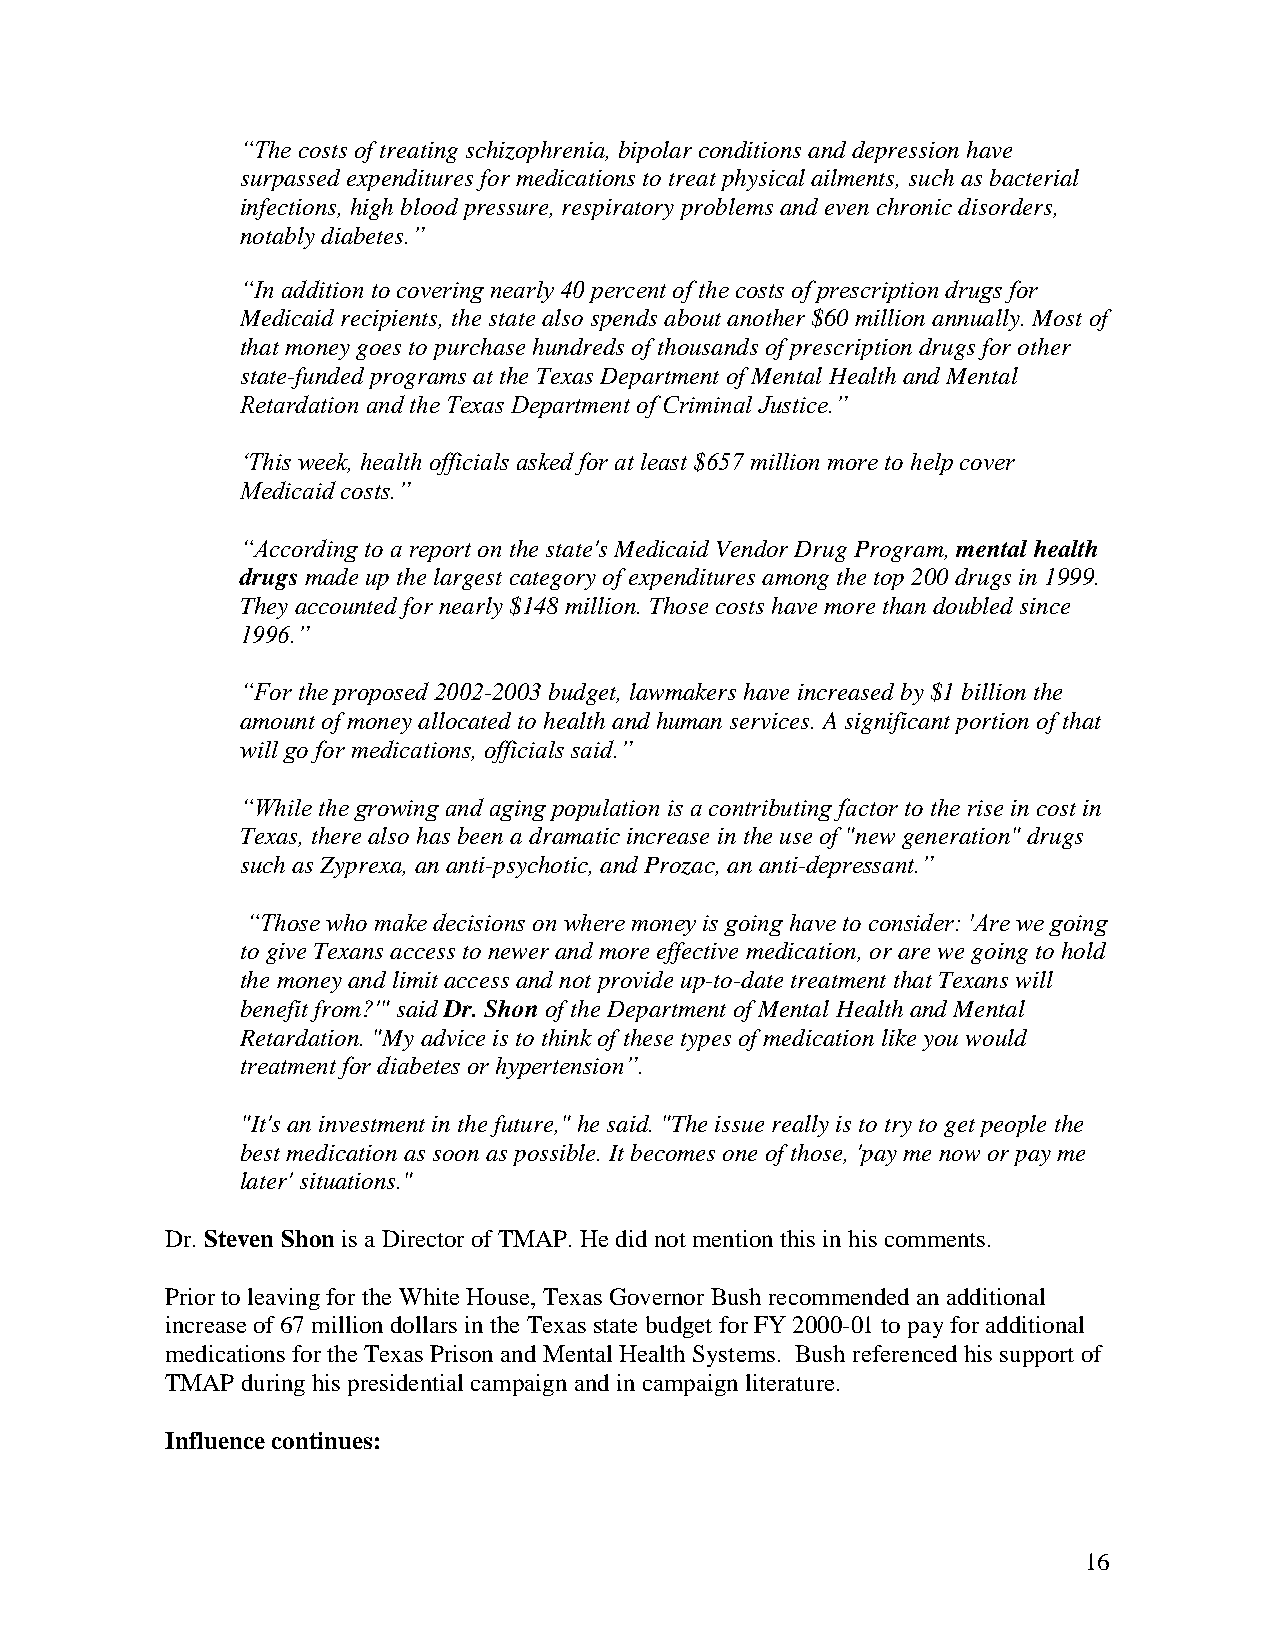
“The costs of treatingschizophrenia,bipolar conditions anddepressionhave
 surpassedexpenditures for medications totreat physical ailments, suchas bacterial
 infections, highbloodpressure,respiratoryproblems andevenchronicdisorders,
 notablydiabetes.”
 “In addition to covering nearly 40 percent of the costs of prescription drugs for
 Medicaidrecipients, the statealso spends about another $60millionannually.Most of
 that moneygoes topurchasehundreds of thousands of prescriptiondrugs for other
 state-fundedprograms at theTexas Department of Mental HealthandMental
 Retardation and the Texas Department of Criminal Justice.”
 ‘This week, health officials asked for at least $657 million more to help cover
 Medicaid costs.”
 “According to a report on thestate's MedicaidVendor Drug Program, mental health
 drugs madeupthelargest categoryof expenditures amongthetop200drugs in1999.
 Theyaccountedfor nearly$148million.Thosecosts havemorethandoubledsince
 1996.”
 “For the proposed 2002-2003budget,lawmakers haveincreasedby$1billionthe
 amount of moneyallocatedtohealthandhumanservices. Asignificant portionof that
 will go for medications, officials said.”
 “While the growing and aging population is a contributing factor to the riseincost in
 Texas, therealso has beenadramaticincreasein theuseof "new generation" drugs
 suchas Zyprexa,ananti-psychotic,andProzac,ananti-depressant.”
 “Those who make decisions on where money is going have to consider: 'Are we going
 togiveTexans access tonewer andmoreeffective medication,or arewegoingtohold
 themoneyandlimit access andnot provideup-to-datetreatment that Texans will
 benefit from?'" said Dr.Shon oftheDepartment of Mental HealthandMental
 Retardation."Myadviceis tothinkof thesetypes of medicationlikeyouwould
 treatment for diabetes or hypertension”.
 "It's aninvestment inthefuture," hesaid."Theissuereallyis totrytoget peoplethe
 best medicationas soon as possible.It becomes oneof those,'paymenow or payme
 later' situations."
 Dr. Steven Shon is aDirectorofTMAP.Hedidnot mentionthis inhis comments.
 Priortoleavingforthe WhiteHouse,Texas Governor Bush recommendedanadditional
 increaseof67milliondollars intheTexas statebudget forFY2000-01topayforadditional
 medications fortheTexas Prison andMental HealthSystems. Bush referencedhis support of
 TMAP duringhis presidential campaignandincampaignliterature.
 Influencecontinues:
 16